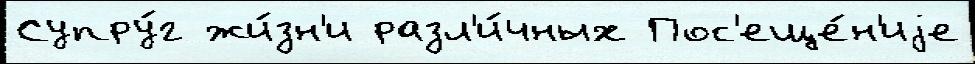
Супру́г жи́зн'и разл'и́чных Пос'еще́н'иjе